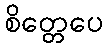
စိတ္တေပေ